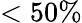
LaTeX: <50\%